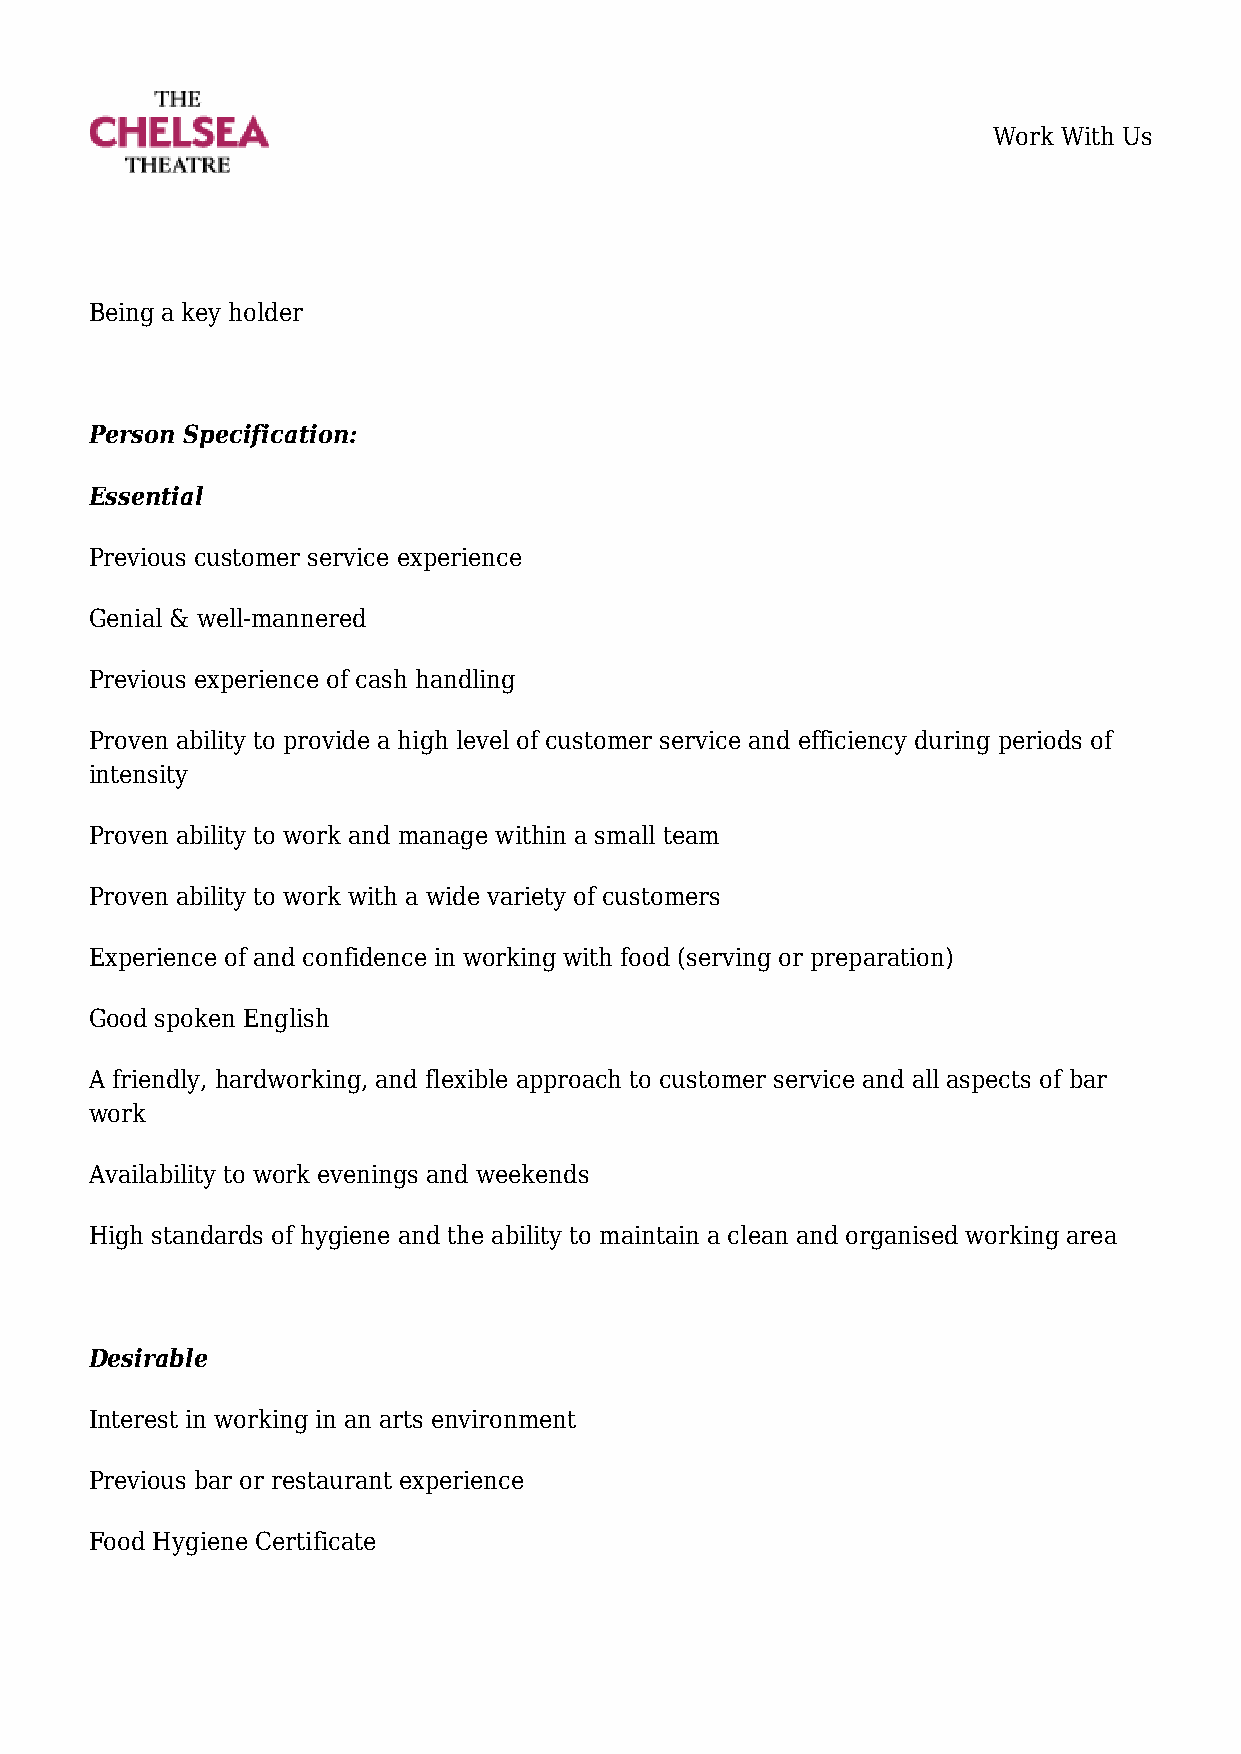
Work With Us
 Being a key holder
 Person Specification:
 Essential
 Previous customer service experience
 Genial & well-mannered
 Previous experience of cash handling
 Proven ability to provide a high level of customer service and efficiency during periods of
 intensity
 Proven ability to work and manage within a small team
 Proven ability to work with a wide variety of customers
 Experience of and confidence in working with food (serving or preparation)
 Good spoken English
 A friendly, hardworking, and flexible approach to customer service and all aspects of bar
 work
 Availability to work evenings and weekends
 High standards of hygiene and the ability to maintain a clean and organised working area
 Desirable
 Interest in working in an arts environment
 Previous bar or restaurant experience
 Food Hygiene Certificate